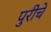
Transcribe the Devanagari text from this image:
पुरीचे